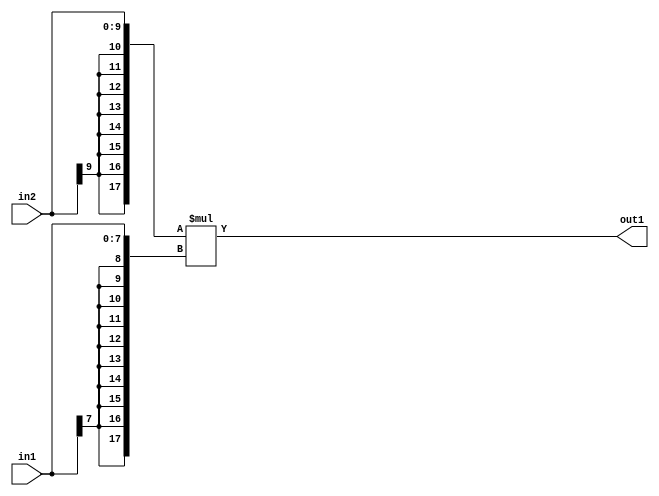
`timescale 1ps / 1ps
/*****************************************************************************
    Verilog RTL Description
    
    
    Created by: Stratus DpOpt 2019.1.01 
*******************************************************************************/

module mac_Mul_10Sx8S_18S_4_4 (
	in2,
	in1,
	out1
	); /* architecture "behavioural" */ 
input [9:0] in2;
input [7:0] in1;
output [17:0] out1;
wire [17:0] asc001;

assign asc001 = 
	+({{8{in2[9]}}, in2} * {{10{in1[7]}}, in1});

assign out1 = asc001;
endmodule

/* CADENCE  ubP1SAg= : u9/ySgnWtBlWxVPRXgAZ4Og= ** DO NOT EDIT THIS LINE ******/